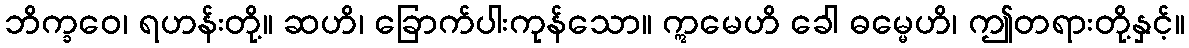
ဘိက္ခဝေ၊ ရဟန်းတို့။ ဆဟိ၊ ခြောက်ပါးကုန်သော။ ဣမေဟိ ခေါ ဓမ္မေဟိ၊ ဤတရားတို့နှင့်။